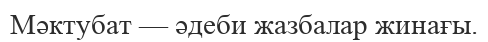
Мәктубат — әдеби жазбалар жинағы.